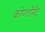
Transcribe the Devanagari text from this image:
कोण्टोंमेंट